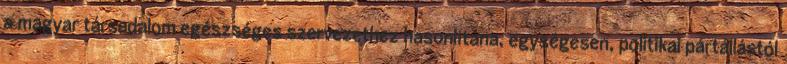
a magyar társadalom egészséges szervezethez hasonlítana, egységesen, politikai pártállástól